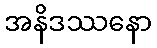
အနိဒဿနော